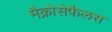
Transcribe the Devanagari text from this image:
मैक्रोसेफैलस